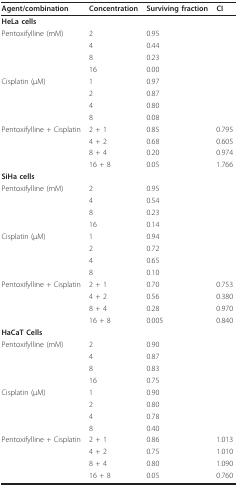
| Agent/combination | Concentration | Surviving fraction | CI |
 | --- | --- | --- | --- |
 | HeLa cells |  |  |  |
 | Pentoxifylline (mM) | 2 | 0.95 |  |
 |  | 4 | 0.44 |  |
 |  | 8 | 0.23 |  |
 |  | 16 | 0.00 |  |
 | Cisplatin (μM) | 1 | 0.97 |  |
 |  | 2 | 0.87 |  |
 |  | 4 | 0.80 |  |
 |  | 8 | 0.08 |  |
 | Pentoxifylline + Cisplatin | 2 + 1 | 0.85 | 0.795 |
 |  | 4 + 2 | 0.68 | 0.605 |
 |  | 8 + 4 | 0.20 | 0.974 |
 |  | 16 + 8 | 0.05 | 1.766 |
 | SiHa cells |  |  |  |
 | Pentoxifylline (mM) | 2 | 0.95 |  |
 |  | 4 | 0.54 |  |
 |  | 8 | 0.23 |  |
 |  | 16 | 0.14 |  |
 | Cisplatin (μM) | 1 | 0.94 |  |
 |  | 2 | 0.72 |  |
 |  | 4 | 0.65 |  |
 |  | 8 | 0.10 |  |
 | Pentoxifylline + Cisplatin | 2 + 1 | 0.70 | 0.753 |
 |  | 4 + 2 | 0.56 | 0.380 |
 |  | 8 + 4 | 0.28 | 0.970 |
 |  | 16 + 8 | 0.005 | 0.840 |
 | HaCaT Cells |  |  |  |
 | Pentoxifylline (mM) | 2 | 0.90 |  |
 |  | 4 | 0.87 |  |
 |  | 8 | 0.83 |  |
 |  | 16 | 0.75 |  |
 | Cisplatin (μM) | 1 | 0.90 |  |
 |  | 2 | 0.80 |  |
 |  | 4 | 0.78 |  |
 |  | 8 | 0.40 |  |
 | Pentoxifylline + Cisplatin | 2 + 1 | 0.86 | 1.013 |
 |  | 4 + 2 | 0.75 | 1.010 |
 |  | 8 + 4 | 0.80 | 1.090 |
 |  | 16 + 8 | 0.05 | 0.760 |